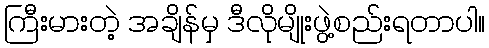
ကြီးမားတဲ့ အချိန်မှ ဒီလိုမျိုးဖွဲ့စည်းရတာပါ။